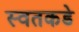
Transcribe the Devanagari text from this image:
स्वतकडे